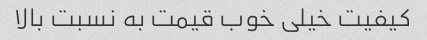
کیفیت خیلی خوب قیمت به نسبت بالا